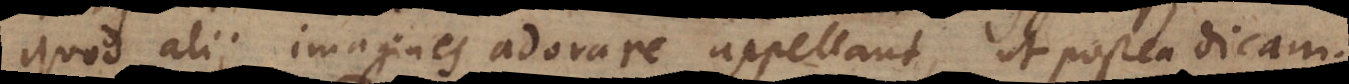
uod alii imagines adorare appellant, ut postea dicam.